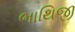
ભાથિજી